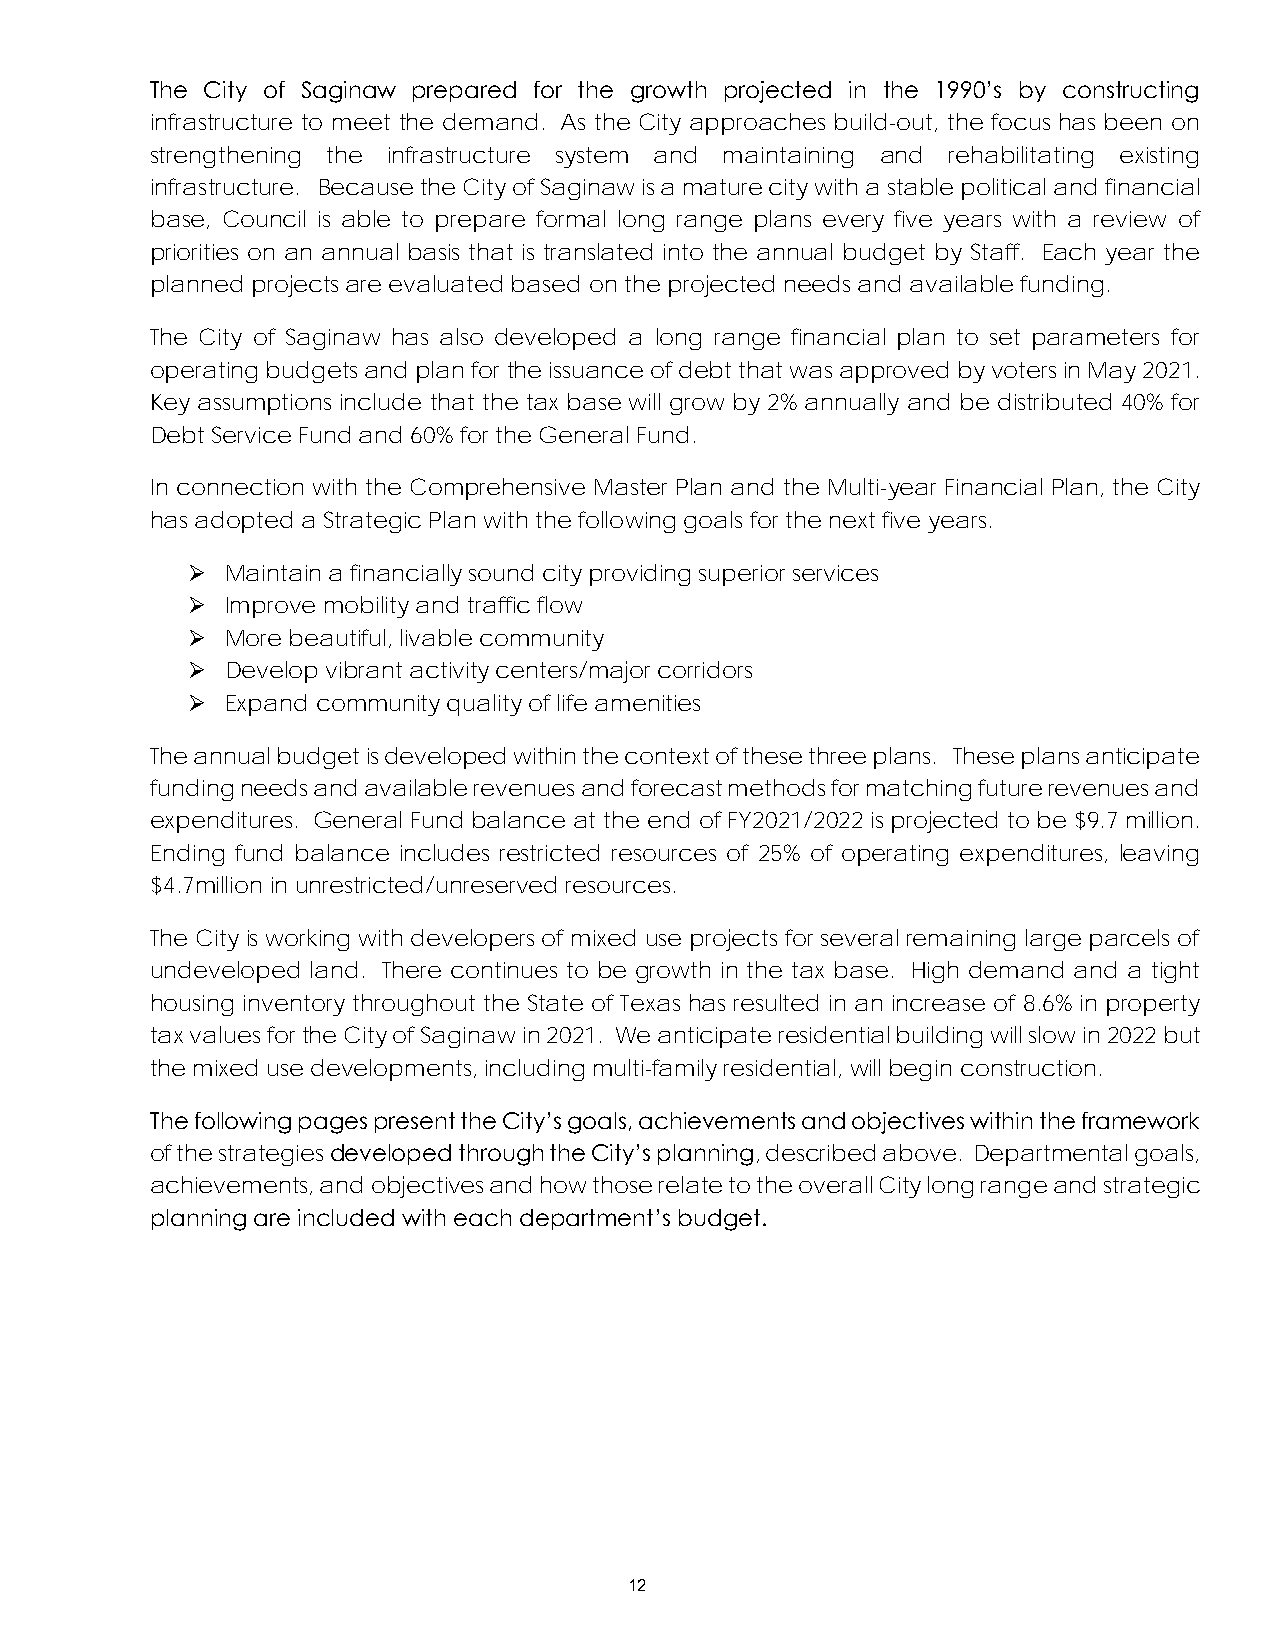
The City of Saginaw prepared for the growth projected in the 1990’s by constructing
 infrastructure to meet the demand. As the City approaches build-out, the focus has been on
 strengthening the infrastructure system and maintaining and rehabilitating existing
 infrastructure. Because the City of Saginaw is a mature city with a stable political and financial
 base, Council is able to prepare formal long range plans every five years with a review of
 priorities on an annual basis that is translated into the annual budget by Staff. Each year the
 planned projects are evaluated based on the projected needs and available funding.
 The City of Saginaw has also developed a long range financial plan to set parameters for
 operating budgets and plan for the issuance of debt that was approved by voters in May 2021.
 Key assumptions include that the tax base will grow by 2% annually and be distributed 40% for
 Debt Service Fund and 60% for the General Fund.
 In connection with the Comprehensive Master Plan and the Multi-year Financial Plan, the City
 has adopted a Strategic Plan with the following goals for the next five years.
 ➢  Maintain a financially sound city providing superior services
 ➢  Improve mobility and traffic flow
 ➢  More beautiful, livable community
 ➢  Develop vibrant activity centers/major corridors
 ➢  Expand community quality of life amenities
 The annual budget is developed within the context of these three plans. These plans anticipate
 funding needs and available revenues and forecast methods for matching future revenues and
 expenditures. General Fund balance at the end of FY2021/2022 is projected to be $9.7 million.
 Ending fund balance includes restricted resources of 25% of operating expenditures, leaving
 $4.7million in unrestricted/unreserved resources.
 The City is working with developers of mixed use projects for several remaining large parcels of
 undeveloped land. There continues to be growth in the tax base. High demand and a tight
 housing inventory throughout the State of Texas has resulted in an increase of 8.6% in property
 tax values for the City of Saginaw in 2021. We anticipate residential building will slow in 2022 but
 the mixed use developments, including multi-family residential, will begin construction.
 The following pages present the City’s goals, achievements and objectives within the framework
 of the strategies developed through the City’s planning, described above. Departmental goals,
 achievements, and objectives and how those relate to the overall City long range and strategic
 planning are included with each department’s budget.
 12